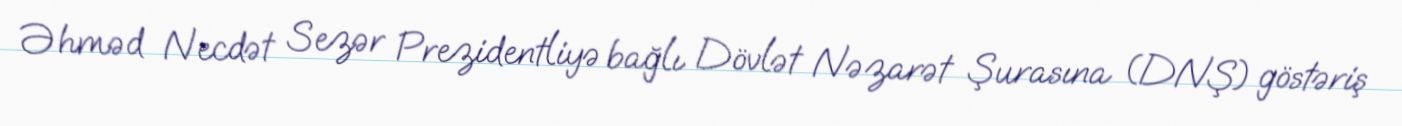
Əhməd Necdət Sezər Prezidentliyə bağlı Dövlət Nəzarət Şurasına (DNŞ) göstəriş